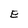
Character: E